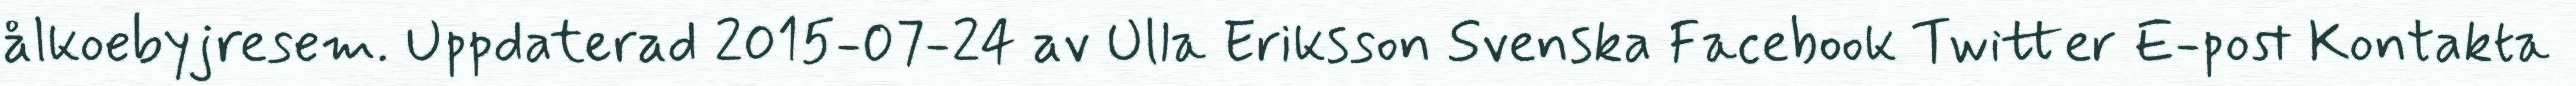
ålkoebyjresem. Uppdaterad 2015-07-24 av Ulla Eriksson Svenska Facebook Twitter E-post Kontakta